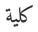
كلية